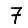
Digit: 7